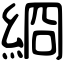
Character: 綗